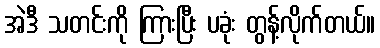
အဲဒီ သတင်းကို ကြားပြီး ပခုံး တွန့်လိုက်တယ်။